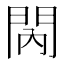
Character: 𨳙